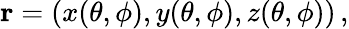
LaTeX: \mathbf{r}=(x(\theta,\phi),y(\theta,\phi),z(\theta,\phi))\, ,